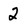
Character: 2